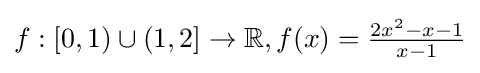
f:[0,1)\cup (1,2]\to \mathbb {R} ,f(x)={\tfrac {2x^{2}-x-1}{x-1}}